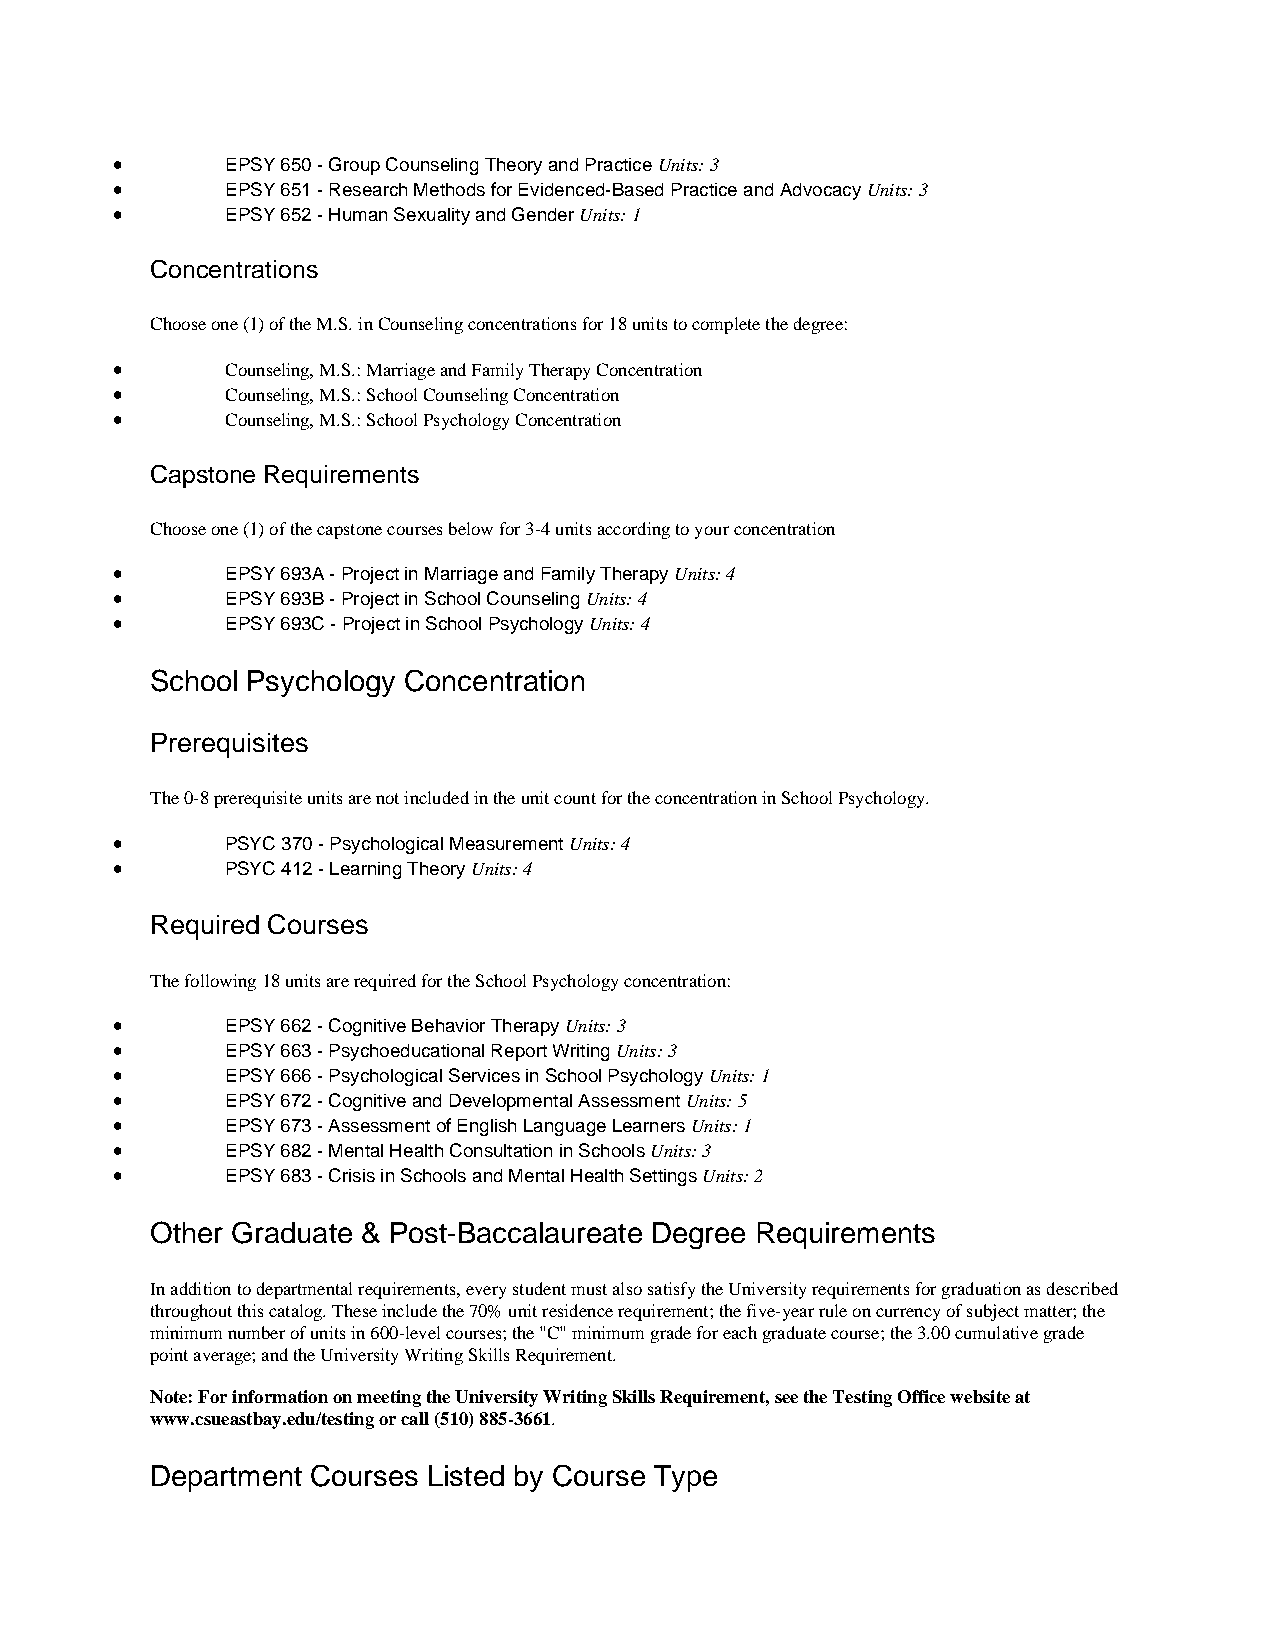
•       EPSY 650 - Group Counseling Theory and Practice Units: 3
 •       EPSY 651 - Research Methods for Evidenced-Based Practice and Advocacy Units: 3
 •       EPSY 652 - Human Sexuality and Gender Units: 1
 Concentrations
 Choose one (1) of the M.S. in Counseling concentrations for 18 units to complete the degree:
 •       Counseling, M.S.: Marriage and Family Therapy Concentration
 •       Counseling, M.S.: School Counseling Concentration
 •       Counseling, M.S.: School Psychology Concentration
 Capstone Requirements
 Choose one (1) of the capstone courses below for 3-4 units according to your concentration
 •       EPSY 693A - Project in Marriage and Family Therapy Units: 4
 •       EPSY 693B - Project in School Counseling Units: 4
 •       EPSY 693C - Project in School Psychology Units: 4
 School Psychology Concentration
 Prerequisites
 The 0-8 prerequisite units are not included in the unit count for the concentration in School Psychology.
 •       PSYC 370 - Psychological Measurement Units: 4
 •       PSYC 412 - Learning Theory Units: 4
 Required Courses
 The following 18 units are required for the School Psychology concentration:
 •       EPSY 662 - Cognitive Behavior Therapy Units: 3
 •       EPSY 663 - Psychoeducational Report Writing Units: 3
 •       EPSY 666 - Psychological Services in School Psychology Units: 1
 •       EPSY 672 - Cognitive and Developmental Assessment Units: 5
 •       EPSY 673 - Assessment of English Language Learners Units: 1
 •       EPSY 682 - Mental Health Consultation in Schools Units: 3
 •       EPSY 683 - Crisis in Schools and Mental Health Settings Units: 2
 Other Graduate & Post-Baccalaureate Degree Requirements
 In addition to departmental requirements, every student must also satisfy the University requirements for graduation as described
 throughout this catalog. These include the 70% unit residence requirement; the five-year rule on currency of subject matter; the
 minimum number of units in 600-level courses; the "C" minimum grade for each graduate course; the 3.00 cumulative grade
 point average; and the University Writing Skills Requirement.
 Note: For information on meeting the University Writing Skills Requirement, see the Testing Office website at
 www.csueastbay.edu/testing or call (510) 885-3661.
 Department Courses Listed by Course Type